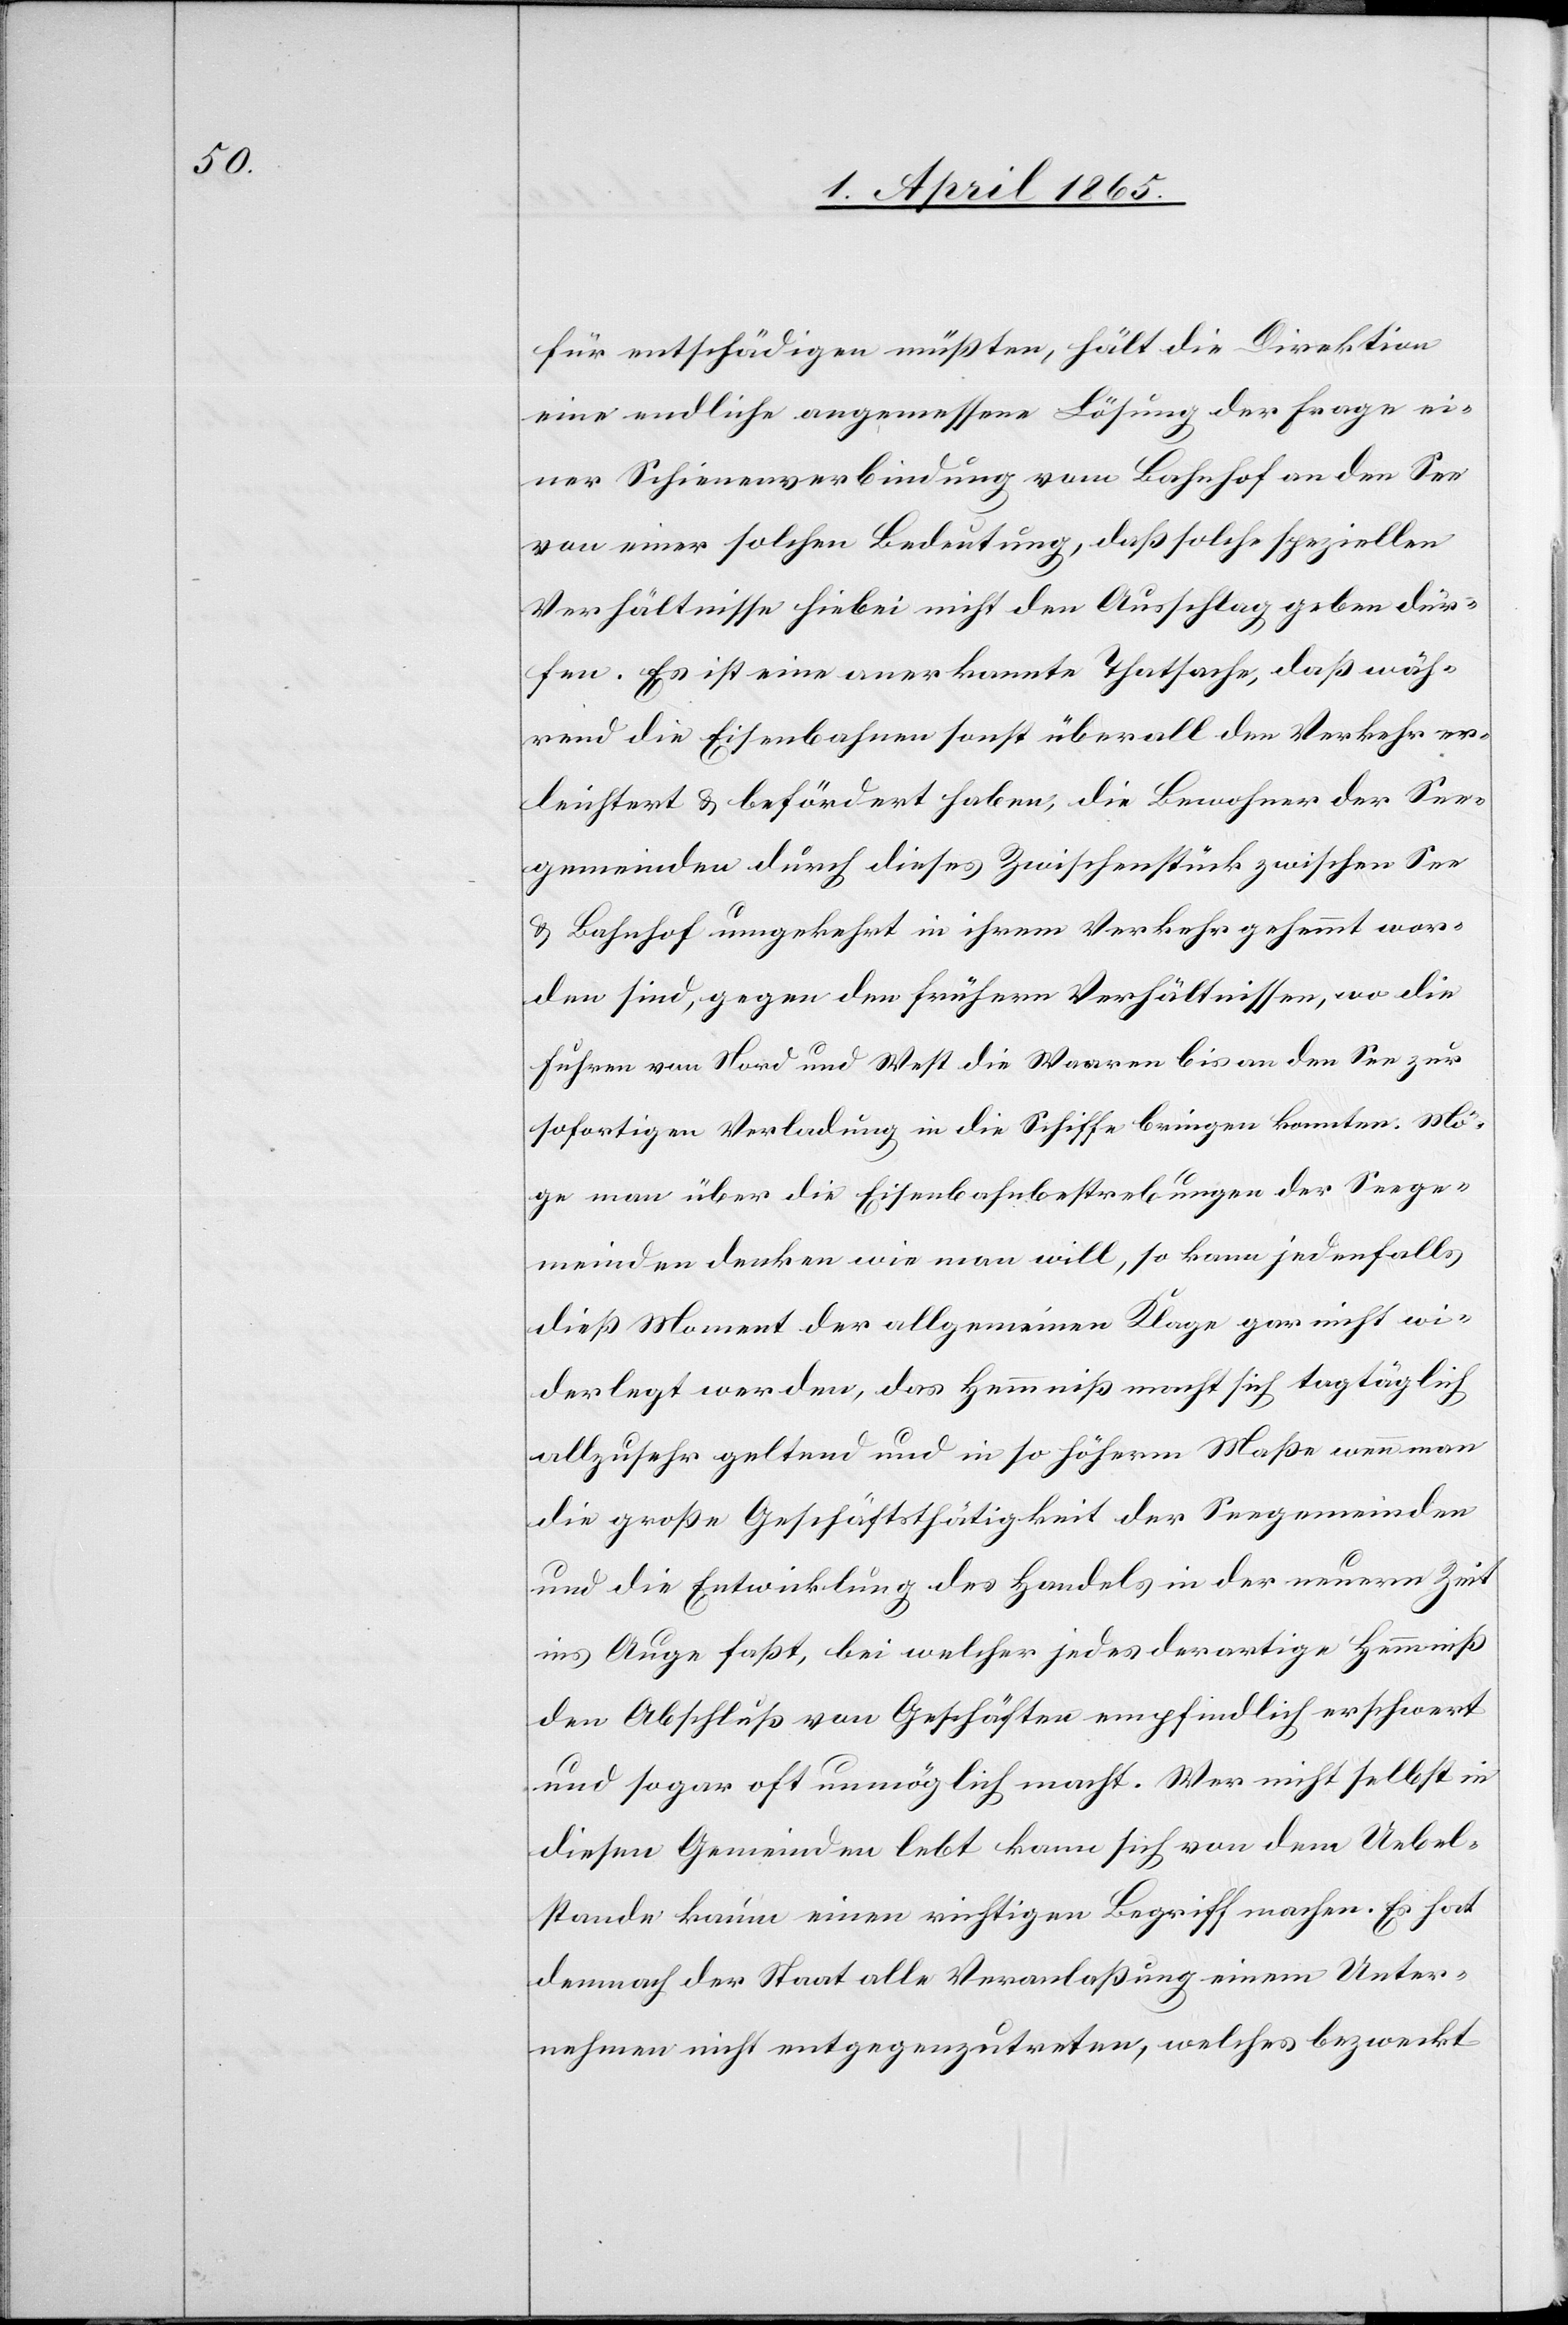
für entschädigen müßten, hält die Direktion
eine endliche angemessene Lösung der Frage ei¬
ner Schienenverbindung vom Bahnhof an den See
von einer solchen Bedeutung, daß solche speziellen
Verhältnisse hiebei nicht den Ausschlag geben dür¬
fen. Es ist eine anerkannte Thatsache, daß wäh¬
rend die Eisenbahnen sonst überall den Verkehr er¬
leichtert & befördert haben, die Bewohner der See¬
gemeinden durch dieses Zwischenstück zwischen See
& Bahnhof umgekehrt in ihrem Verkehr gehemmt wor¬
den sind, gegen den frühern Verhältnissen, wo die
Fuhren von Nord und West die Waaren bis an den See zur
sofortigen Verladung in die Schiffe bringen konnten. Mö¬
ge man über die Eisenbahnbestrebungen der Seege¬
meinden denken wie man will, so kann jedenfalls
dieß Moment der allgemeinen Klage gar nicht wi¬
derlegt werden, das Hemmniß macht sich tagtäglich
allzusehr geltend und in so höherm Maße wenn man
die große Geschäftsthätigkeit der Seegemeinden
und die Entwicklung des Handels in der neuern Zeit
ins Auge faßt, bei welcher jedes derartige Hemmniß
den Abschluß von Geschäften empfindlich erschwert
und sogar oft unmöglich macht. Wer nicht selbst in
diesen Gemeinden lebt kann sich von dem Uebel¬
stande kaum einen richtigen Begriff machen. Es hat
demnach der Staat alle Veranlaßung einem Unter¬
nehmen nicht entgegenzutreten, welches bezweckt